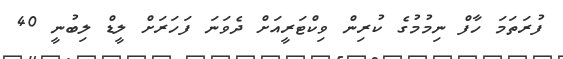
ފުރަތަމަ ހާފް ނިމުމުގެ ކުރިން ވިކްޓަރީއަށް ދެވަނަ ފަހަރަށް ލީޑް ލިބުނީ 40